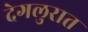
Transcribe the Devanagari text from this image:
देगलुरात